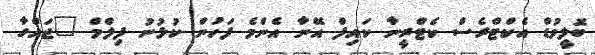
ބޮލީވުޑް އެކްޓްރެސް ކެޓްރީނާ ކައިފް އޭނާ އެންމެ ފަހުން ކުޅުނު ފިލްމް "ޖައްގާ